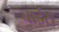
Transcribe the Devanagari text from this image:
चाईस